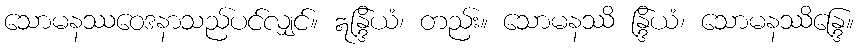
သောမနဿဝေဒနာသည်ပင်လျှင်။ ဣန္ဒြိယံ၊ တည်း။ သောမနဿိ န္ဒြိယံ၊ သောမနဿိန္ဒြေ။